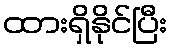
ထားရှိနိုင်ပြီး